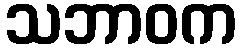
သဘာဝက